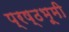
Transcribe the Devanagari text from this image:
प्रष्ठभूमी